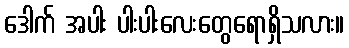
ဒေါက် အပါး ပါးပါးလေးတွေရောရှိသလား။